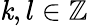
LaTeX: \mathit{k},l\in\mathbb{{Z}}